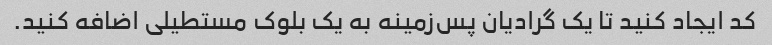
کد ایجاد کنید تا یک گرادیان پس‌زمینه به یک بلوک مستطیلی اضافه کنید.